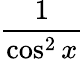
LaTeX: \frac{1}{\cos^{2}x}